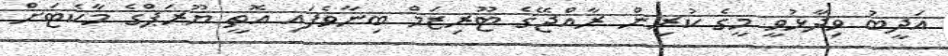
އަދީބު ވިދާޅުވީ މީގެ ކުރިން ރާއްޖޭގެ ޓޫރިޒަމް ބިނާވެފައި އޮތީ ޔޫރަޕްގެ މާކެޓަށް